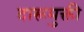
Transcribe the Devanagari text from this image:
दारूमुक्ती